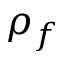
\rho _ { f }